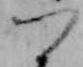
つ